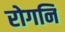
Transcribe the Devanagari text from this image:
रोगनि